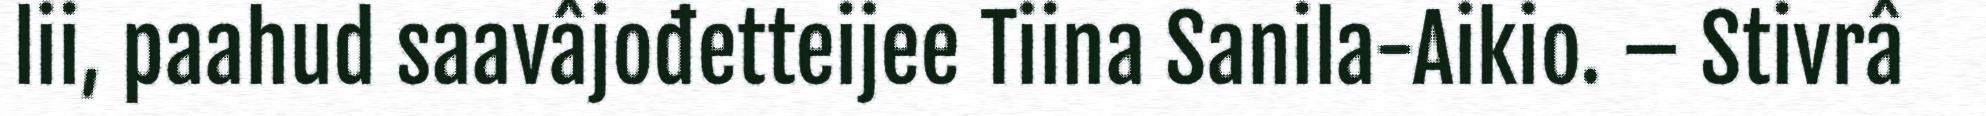
lii, paahud saavâjođetteijee Tiina Sanila-Aikio. – Stivrâ